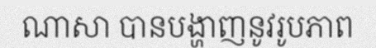
ណាសា បានបង្ហាញនូវរូបភាព